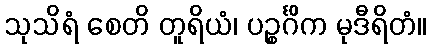
သုသိရံ စေတိ တူရိယံ၊ ပဉ္စင်္ဂိက မုဒီရိတံ။